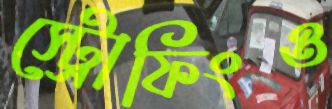
স্ট্রোফিংও